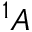
^ 1 A